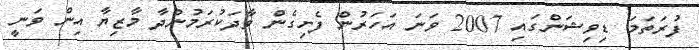
ފުރަތަމަ ޑިވިޝަންގައި 2007 ވަނަ އަހަރުން ފެށިގެން ވާދަކުރަމުންދާ މާޒިޔާ އިން ވަނީ